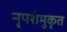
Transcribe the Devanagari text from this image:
नृपशंमुकृत